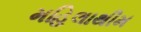
મહિલાથીમ